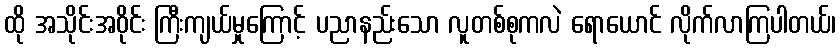
ထို အသိုင်းအဝိုင်း ကြီးကျယ်မှုကြောင့် ပညာနည်းသော လူတစ်စုကလဲ ရောယောင် လိုက်လာကြပါတယ်၊